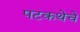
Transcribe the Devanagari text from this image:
पटकथेचे